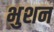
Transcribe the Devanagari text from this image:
भुशन